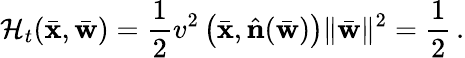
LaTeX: {\cal H}_{t}(\bar{{\mathbf x}},\bar{{\mathbf w}})=\frac{1}{2}v^{2}\left(\bar{{\mathbf x}},\hat{\mathbf n}(\bar{\mathbf w})\right)\| \bar{\mathbf w}\| ^{2}=\frac{1}{2}\, .